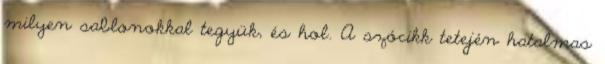
milyen sablonokkal tegyük, és hol. A szócikk tetején hatalmas